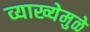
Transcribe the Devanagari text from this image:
व्याख्येमुळे